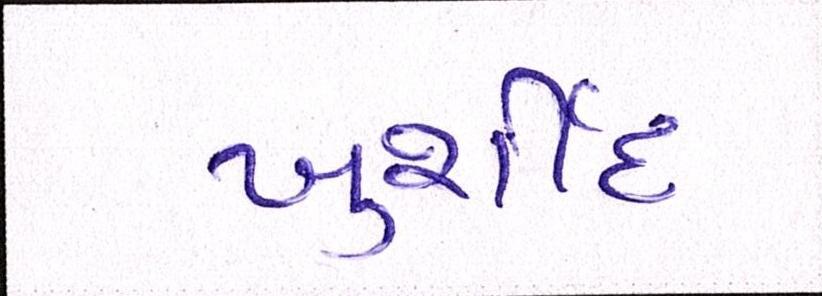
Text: ખુર્શીદ